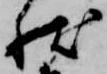
状